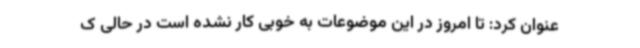
عنوان کرد: تا امروز در این موضوعات به خوبی کار نشده است در حالی ک